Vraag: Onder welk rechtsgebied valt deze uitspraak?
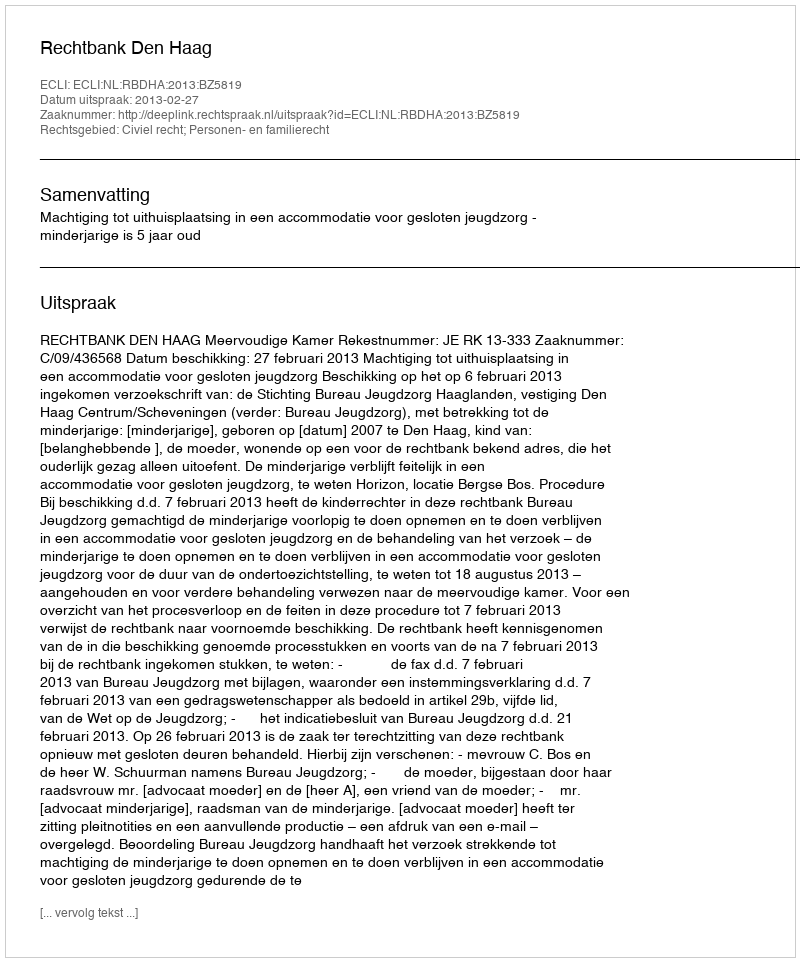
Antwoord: Civiel recht; Personen- en familierecht